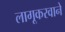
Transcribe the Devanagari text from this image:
लागूकरवाने